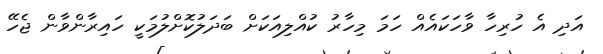
އަދި އެ ހުރިހާ ވާހަކައެއް ހަމަ މިހާރު ކުއްލިއަކަށް ބަދަލުކޮށްލުމަކީ ހައިރާންވާން ޖެހޭ